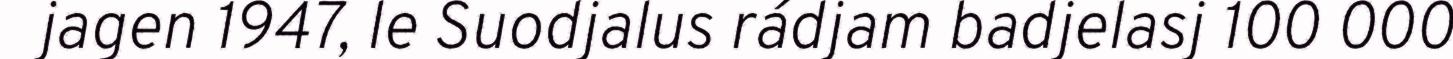
jagen 1947, le Suodjalus rádjam badjelasj 100 000